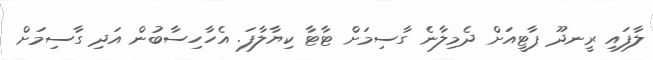
ލާފައި ރީނދޫ ޕާޓީއަށް ދެމިލާނެ ގާސިމަށް ޓާޓާ ކިޔާލާފަ. އެހާހިސާބުން އަދި ގާސިމަށް